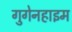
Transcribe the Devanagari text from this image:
गुगेनहाइम